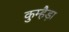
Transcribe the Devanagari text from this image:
कुम्हैड़ा